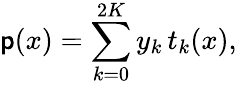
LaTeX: \mathsf{p}(x)=\sum_{k=0}^{2K}y_{k}\, t_{k}(x),